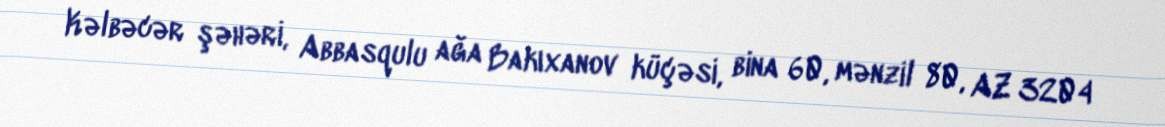
Kəlbəcər şəhəri, Abbasqulu ağa Bakıxanov küçəsi, bina 60, mənzil 80, AZ 3204